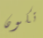
تكون